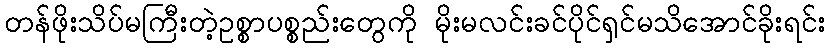
တန်ဖိုးသိပ်မကြီးတဲ့ဥစ္စာပစ္စည်းတွေကို မိုးမလင်းခင်ပိုင်ရှင်မသိအောင်ခိုးရင်း